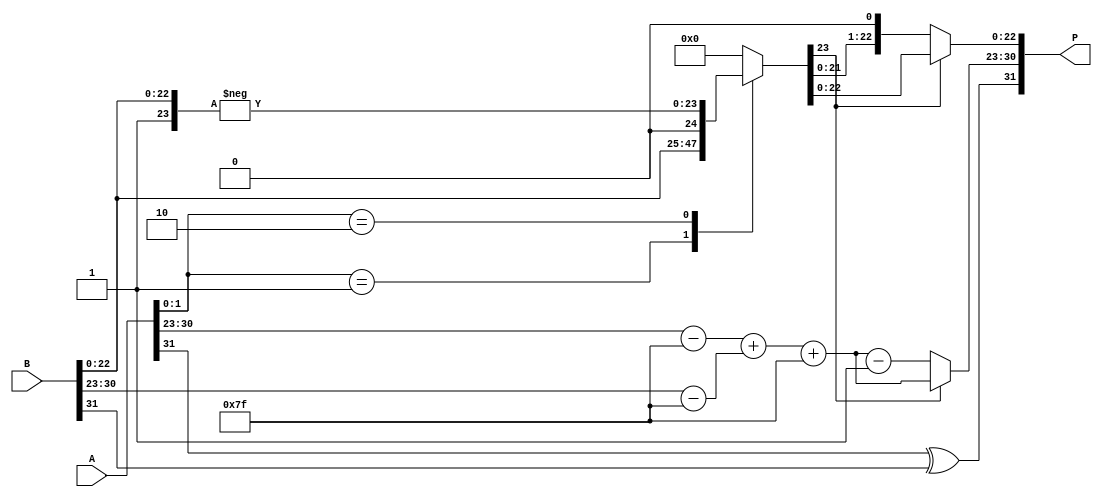
module radix4_fp_multiplier (
    input [31:0] A, // Input floating-point number A
    input [31:0] B, // Input floating-point number B
    output reg [31:0] P // Output floating-point product P
);

    // IEEE 754 components
    wire sign_A = A[31];
    wire sign_B = B[31];
    wire [7:0] exp_A = A[30:23];
    wire [7:0] exp_B = B[30:23];
    wire [22:0] mant_A = A[22:0];
    wire [22:0] mant_B = B[22:0];

    // Adjusted exponents (subtracting bias)
    wire [7:0] adjusted_exp_A = exp_A - 8'd127;
    wire [7:0] adjusted_exp_B = exp_B - 8'd127;

    // Result sign
    wire result_sign = sign_A ^ sign_B;

    // Normalize mantissas (add implicit leading 1)
    wire [23:0] norm_mant_A = {1'b1, mant_A};
    wire [23:0] norm_mant_B = {1'b1, mant_B};

    // Radix-4 Booth encoding (simplified)
    wire [2:0] booth_code;
    reg [23:0] partial_product [0:3]; // Up to 4 partial products

    // Generate partial products based on Booth encoding
    always @(*) begin
        // Example of simple Booth encoding (actual implementation may vary)
        booth_code = {norm_mant_A[1:0], 1'b0}; // Example encoding
        case (booth_code)
            3'b000: partial_product[0] = 0;
            3'b001: partial_product[0] = norm_mant_B; // B
            3'b010: partial_product[0] = norm_mant_B << 1; // 2B
            3'b011: partial_product[0] = norm_mant_B << 1; // 2B
            3'b100: partial_product[0] = -norm_mant_B; // -B
            3'b101: partial_product[0] = -norm_mant_B << 1; // -2B
            // Add more cases for complete Booth encoding
            default: partial_product[0] = 0;
        endcase
    end

    // Partial product accumulation (simple addition for demonstration)
    wire [23:0] sum_pp;
    assign sum_pp = partial_product[0]; // Simplified, should accumulate all partial products

    // Exponent calculation
    wire [7:0] result_exp = adjusted_exp_A + adjusted_exp_B + 8'd127; // Add bias back

    // Normalize result mantissa
    reg [23:0] result_mantissa;
    reg [7:0] final_exp;
    always @(*) begin
        if (sum_pp[23]) begin // If leading bit is 1, no normalization needed
            result_mantissa = sum_pp;
            final_exp = result_exp;
        end else begin // Normalize
            result_mantissa = sum_pp << 1; // Shift left
            final_exp = result_exp - 1; // Increment exponent
        end
    end

    // Output construction
    always @(*) begin
        P = {result_sign, final_exp, result_mantissa[22:0]}; // Combine sign, exponent, mantissa
    end

endmodule